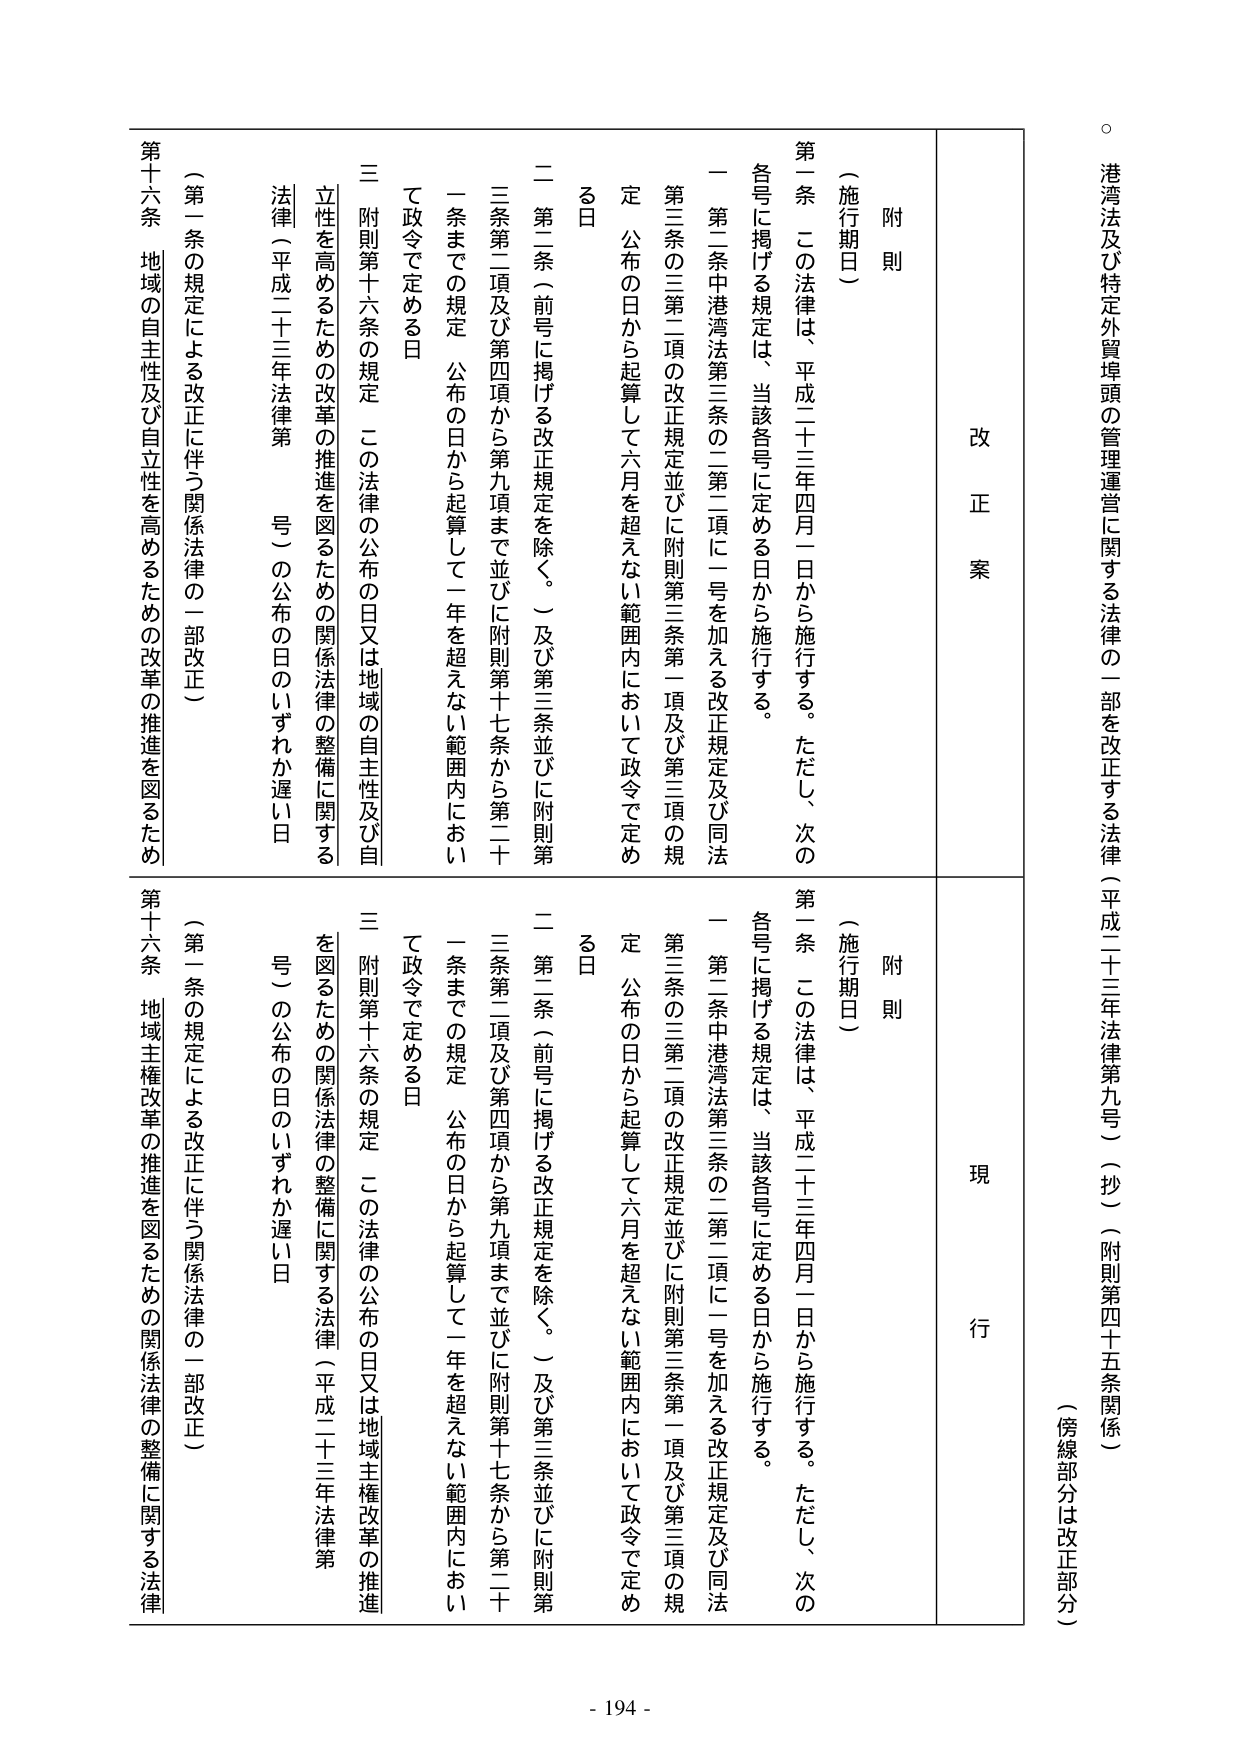
港湾法及び特定外貿埠頭の管理運営に関する法律の一部を改正する法律（平成二十三年法律第九号）（抄）（附則第四十五条関係）
（傍線部分は改正部分）

改正案
附則
（施行期日）
第一条 この法律は、平成二十三年四月一日から施行する。ただし、次の各号に掲げる規定は、当該各号に定める日から施行する。
一 第二条中港湾法第三条の二第二項に一号を加える改正規定及び同法第三条の三第二項の改正規定並びに附則第三条第一項及び第三項の規定 公布の日から起算して六月を超えない範囲内において政令で定める日
二 第二条（前号に掲げる改正規定を除く。）及び第三条並びに附則第三条第二項及び第四項から第九項まで並びに附則第十七条から第二十一条までの規定 公布の日から起算して一年を超えない範囲内において政令で定める日
三 附則第十六条の規定 この法律の公布の日又は地域の自主性及び自立性を高めるための改革の推進を図るための関係法律の整備に関する法律（平成二十三年法律第 号）の公布の日のいずれか遅い日
（第一条の規定による改正に伴う関係法律の一部改正）
第十六条 地域の自主性及び自立性を高めるための改革の推進を図るため

現行
附則
（施行期日）
第一条 この法律は、平成二十三年四月一日から施行する。ただし、次の各号に掲げる規定は、当該各号に定める日から施行する。
一 第二条中港湾法第三条の二第二項に一号を加える改正規定及び同法第三条の三第二項の改正規定並びに附則第三条第一項及び第三項の規定 公布の日から起算して六月を超えない範囲内において政令で定める日
二 第二条（前号に掲げる改正規定を除く。）及び第三条並びに附則第三条第二項及び第四項から第九項まで並びに附則第十七条から第二十一条までの規定 公布の日から起算して一年を超えない範囲内において政令で定める日
三 附則第十六条の規定 この法律の公布の日又は地域主権改革の推進を図るための関係法律の整備に関する法律（平成二十三年法律第 号）の公布の日のいずれか遅い日
（第一条の規定による改正に伴う関係法律の一部改正）
第十六条 地域主権改革の推進を図るための関係法律の整備に関する法律

- 194 -